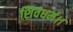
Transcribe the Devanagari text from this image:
शिवधर्म।।